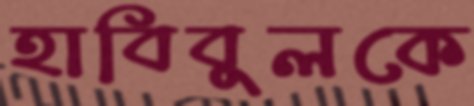
হাবিবুলকে